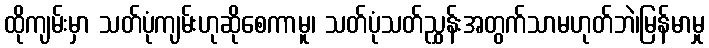
ထိုကျမ်းမှာ သတ်ပုံကျမ်းဟုဆိုစေကာမူ၊ သတ်ပုံသတ်ညွှန်းအတွက်သာမဟုတ်ဘဲ၊မြန်မာမှု